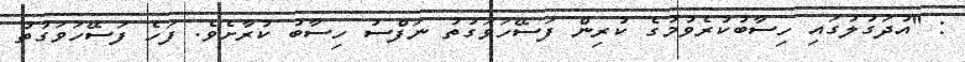
: ''އުދަގުލުގައި ހިސާބުކުރެވުމުގެ ކުރިން ފަސޭހަވަގުތު ނަފްސު ހިސާބު ކުރާށެވެ. ފަހެ ފަސޭހަވަގުތު